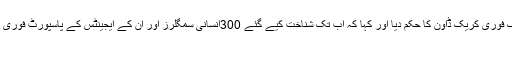
انہوں نے ایف آئی اے کو ہیومن سمگلرز کے خلاف اندرون اور بیرون ملک فوری کریک ڈاوْن کا حکم دیا اور کہا کہ اب تک شناخت کیے گئے 300انسانی سمگلرز اور ان کے ایجینٹس کے پاسپورٹ فوری طور پر منسوخ، شناختی کارڈ بلاک اور بنک اکاوْنٹ منجمد کردیے جائیں
۔